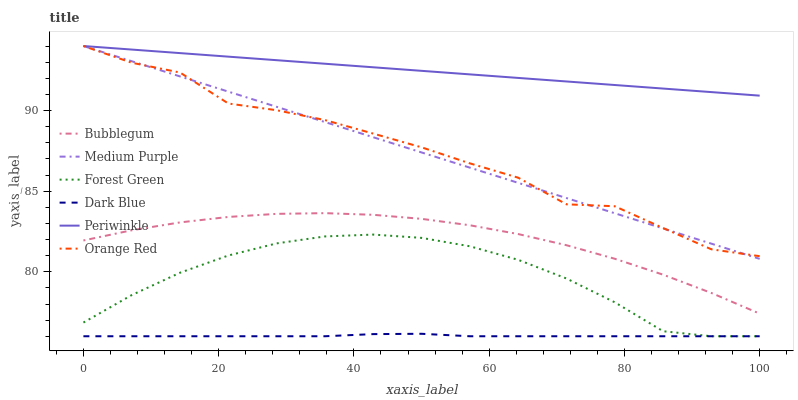
| xaxis_label | Bubblegum | Medium Purple | Forest Green | Dark Blue | Periwinkle | Orange Red |
 | --- | --- | --- | --- | --- | --- | --- |
 | 0 | 81.9 | 94 | 76.8 | 76 | 94 | 94 |
 | 7.14 | 82.6 | 93.1 | 78.6 | 76 | 93.8 | 93 |
 | 14.3 | 83.1 | 92.1 | 79.9 | 76 | 93.6 | 92.4 |
 | 21.4 | 83.4 | 91.2 | 81 | 76 | 93.3 | 90.4 |
 | 28.6 | 83.6 | 90.2 | 81.8 | 76 | 93.1 | 90 |
 | 35.7 | 83.6 | 89.3 | 82.2 | 76 | 92.9 | 89.4 |
 | 42.9 | 83.5 | 88.3 | 82.3 | 76.1 | 92.7 | 88.6 |
 | 50 | 83.3 | 87.4 | 82.1 | 76.2 | 92.5 | 87.7 |
 | 57.1 | 82.9 | 86.5 | 81.6 | 76 | 92.2 | 86.7 |
 | 64.3 | 82.3 | 85.5 | 80.7 | 76 | 92 | 85.8 |
 | 71.4 | 81.6 | 84.6 | 79.6 | 76 | 91.8 | 84.2 |
 | 78.6 | 80.8 | 83.6 | 78.1 | 76 | 91.6 | 84.1 |
 | 85.7 | 79.8 | 82.7 | 76.3 | 76 | 91.4 | 82.7 |
 | 92.9 | 78.7 | 81.7 | 76 | 76 | 91.1 | 81.4 |
 | 100 | 77.4 | 80.8 | 76 | 76 | 90.9 | 81 |